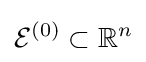
{\mathcal {E}}^{(0)}\subset \mathbb {R} ^{n}